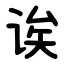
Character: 诶